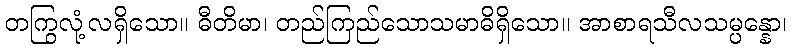
တကြွလုံ့လရှိသော။ ဓီတိမာ၊ တည်ကြည်သောသမာဓိရှိသော။ အာစာရသီလသမ္ပန္နော၊